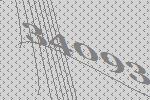
34093